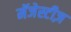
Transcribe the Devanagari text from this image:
मॅजेस्टीज़